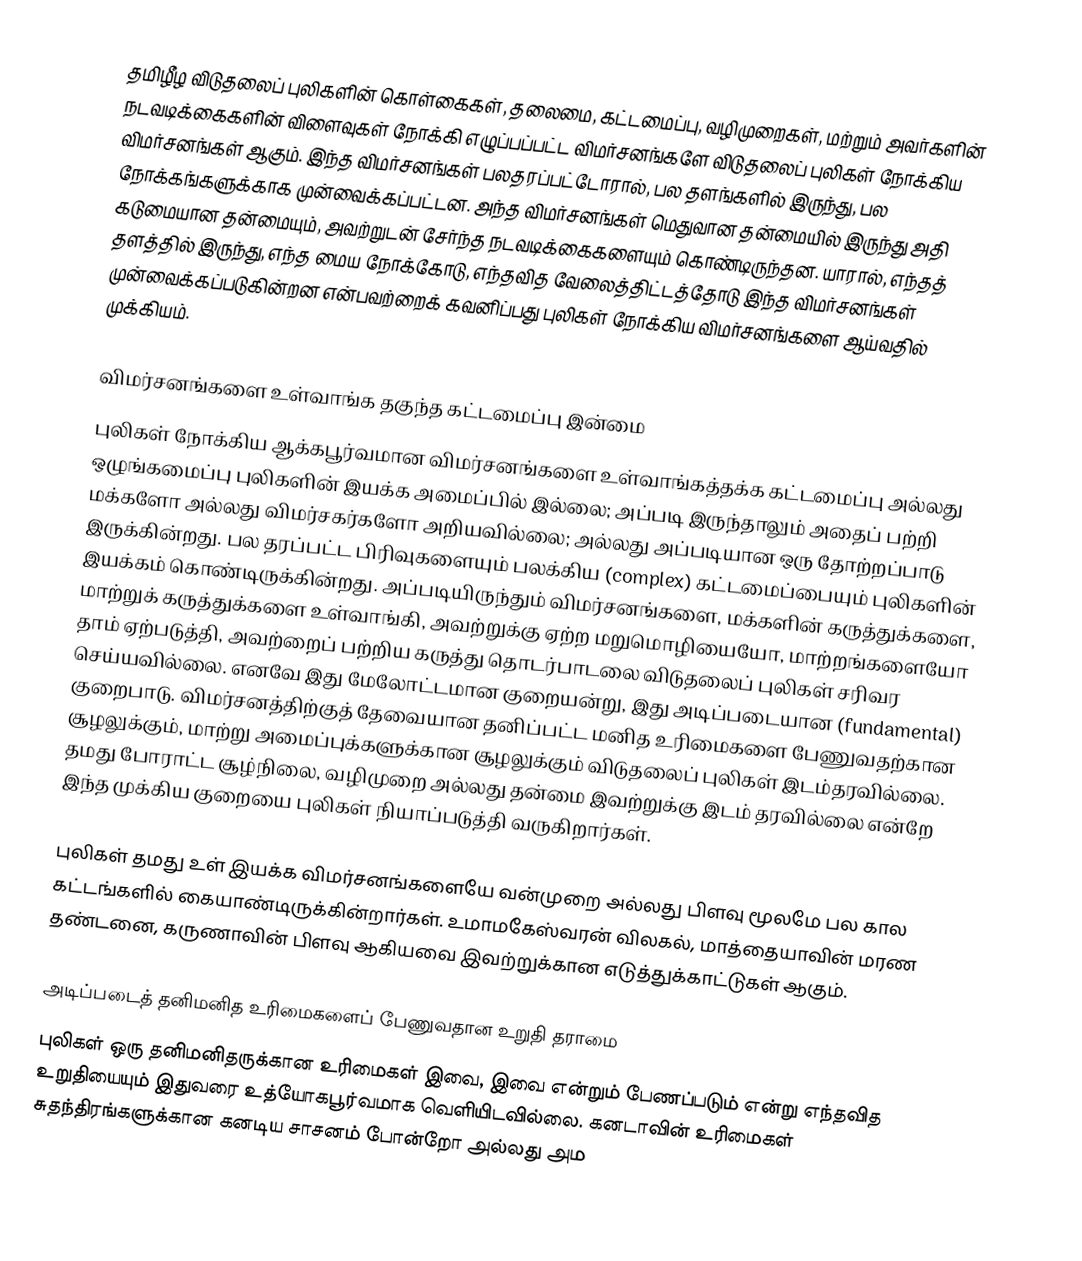
தமிழீழ விடுதலைப் புலிகளின் கொள்கைகள், தலைமை, கட்டமைப்பு, வழிமுறைகள், மற்றும் அவர்களின் நடவடிக்கைகளின் விளைவுகள் நோக்கி எழுப்பப்பட்ட விமர்சனங்களே விடுதலைப் புலிகள் நோக்கிய விமர்சனங்கள் ஆகும். இந்த விமர்சனங்கள் பலதரப்பட்டோரால், பல தளங்களில் இருந்து, பல நோக்கங்களுக்காக முன்வைக்கப்பட்டன. அந்த விமர்சனங்கள் மெதுவான தன்மையில் இருந்து அதி கடுமையான தன்மையும், அவற்றுடன் சேர்ந்த நடவடிக்கைகளையும் கொண்டிருந்தன. யாரால், எந்தத் தளத்தில் இருந்து, எந்த மைய நோக்கோடு, எந்தவித வேலைத்திட்டத்தோடு இந்த விமர்சனங்கள் முன்வைக்கப்படுகின்றன என்பவற்றைக் கவனிப்பது புலிகள் நோக்கிய விமர்சனங்களை ஆய்வதில் முக்கியம்.

விமர்சனங்களை உள்வாங்க தகுந்த கட்டமைப்பு இன்மை
புலிகள் நோக்கிய ஆக்கபூர்வமான விமர்சனங்களை உள்வாங்கத்தக்க கட்டமைப்பு அல்லது ஒழுங்கமைப்பு புலிகளின் இயக்க அமைப்பில் இல்லை; அப்படி இருந்தாலும் அதைப் பற்றி மக்களோ அல்லது விமர்சகர்களோ அறியவில்லை; அல்லது அப்படியான ஒரு தோற்றப்பாடு இருக்கின்றது. பல தரப்பட்ட பிரிவுகளையும் பலக்கிய (complex) கட்டமைப்பையும் புலிகளின் இயக்கம் கொண்டிருக்கின்றது. அப்படியிருந்தும் விமர்சனங்களை, மக்களின் கருத்துக்களை, மாற்றுக் கருத்துக்களை உள்வாங்கி, அவற்றுக்கு ஏற்ற மறுமொழியையோ, மாற்றங்களையோ தாம் ஏற்படுத்தி, அவற்றைப் பற்றிய கருத்து தொடர்பாடலை விடுதலைப் புலிகள் சரிவர செய்யவில்லை. எனவே இது மேலோட்டமான குறையன்று, இது அடிப்படையான (fundamental) குறைபாடு. விமர்சனத்திற்குத் தேவையான தனிப்பட்ட மனித உரிமைகளை பேணுவதற்கான சூழலுக்கும், மாற்று அமைப்புக்களுக்கான சூழலுக்கும் விடுதலைப் புலிகள் இடம்தரவில்லை. தமது போராட்ட சூழ்நிலை, வழிமுறை அல்லது தன்மை இவற்றுக்கு இடம் தரவில்லை என்றே இந்த முக்கிய குறையை புலிகள் நியாப்படுத்தி வருகிறார்கள்.

புலிகள் தமது உள் இயக்க விமர்சனங்களையே வன்முறை அல்லது பிளவு மூலமே பல கால கட்டங்களில் கையாண்டிருக்கின்றார்கள். உமாமகேஸ்வரன் விலகல், மாத்தையாவின் மரண தண்டனை, கருணாவின் பிளவு ஆகியவை இவற்றுக்கான எடுத்துக்காட்டுகள் ஆகும்.

அடிப்படைத் தனிமனித உரிமைகளைப் பேணுவதான உறுதி தராமை
புலிகள் ஒரு தனிமனிதருக்கான உரிமைகள் இவை, இவை என்றும் பேணப்படும் என்று எந்தவித உறுதியையும் இதுவரை உத்யோகபூர்வமாக வெளியிடவில்லை. கனடாவின் உரிமைகள் சுதந்திரங்களுக்கான கனடிய சாசனம்  போன்றோ அல்லது அம